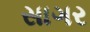
સાગર